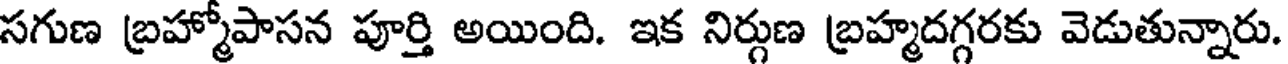
సగుణ బ్రహ్మోపాసన పూర్తి అయింది. ఇక నిర్గుణ బ్రహ్మదగ్గరకు వెడుతున్నారు.